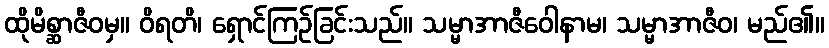
ထိုမိစ္ဆာဇီဝမှ။ ဝိရတိ၊ ရှောင်ကြဉ်ခြင်းသည်။ သမ္မာအာဇီဝေါနာမ၊ သမ္မာအာဇီဝ၊ မည်၏။